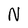
Character: N